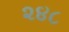
૨૪૮